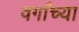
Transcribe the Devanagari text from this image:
वर्गांच्‍या